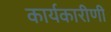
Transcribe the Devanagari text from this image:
कार्यकारीणी